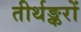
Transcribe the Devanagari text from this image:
तीर्थङ्करों